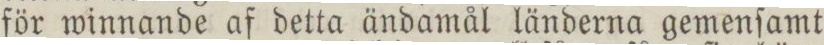
för winnande af detta ändamål länderna gemenſamt